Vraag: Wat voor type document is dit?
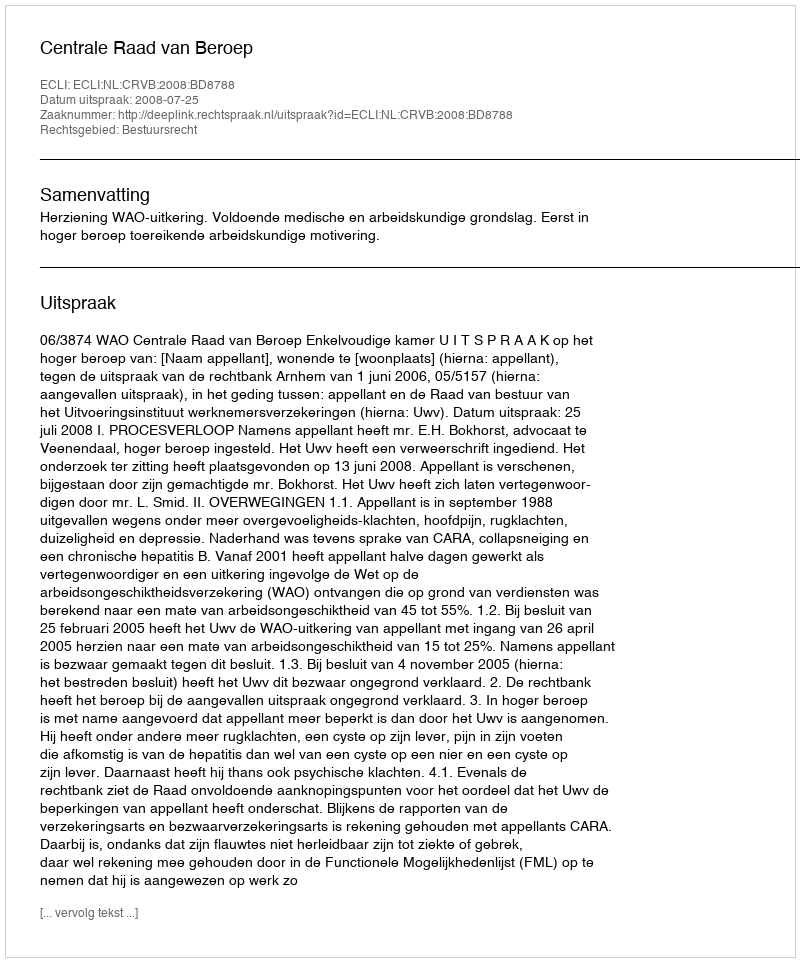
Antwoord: Uitspraak